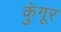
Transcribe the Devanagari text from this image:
कुंगूर